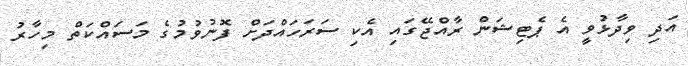
އަދި ވިދާޅުވީ އެ ޕެޓިޝަން ރާއްޖޭގައި އެކި ސަރަހައްދަށް ފޮނުވުމުގެ މަސައްކަތް މިހާރު